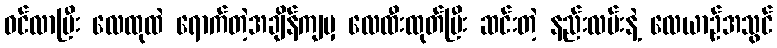
ဝင်လာပြီး လေထုထဲ ရောက်တဲ့အချိန်ကျမှ လေထီးထုတ်ပြီး ဆင်းတဲ့ နည်းလမ်းနဲ့ လေယာဉ်အသွင်